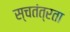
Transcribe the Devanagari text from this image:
स्चतंत्रता